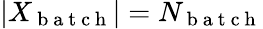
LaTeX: |X_{\mathrm{~b~a~t~c~h~}}|=N_{\mathrm{~b~a~t~c~h~}}